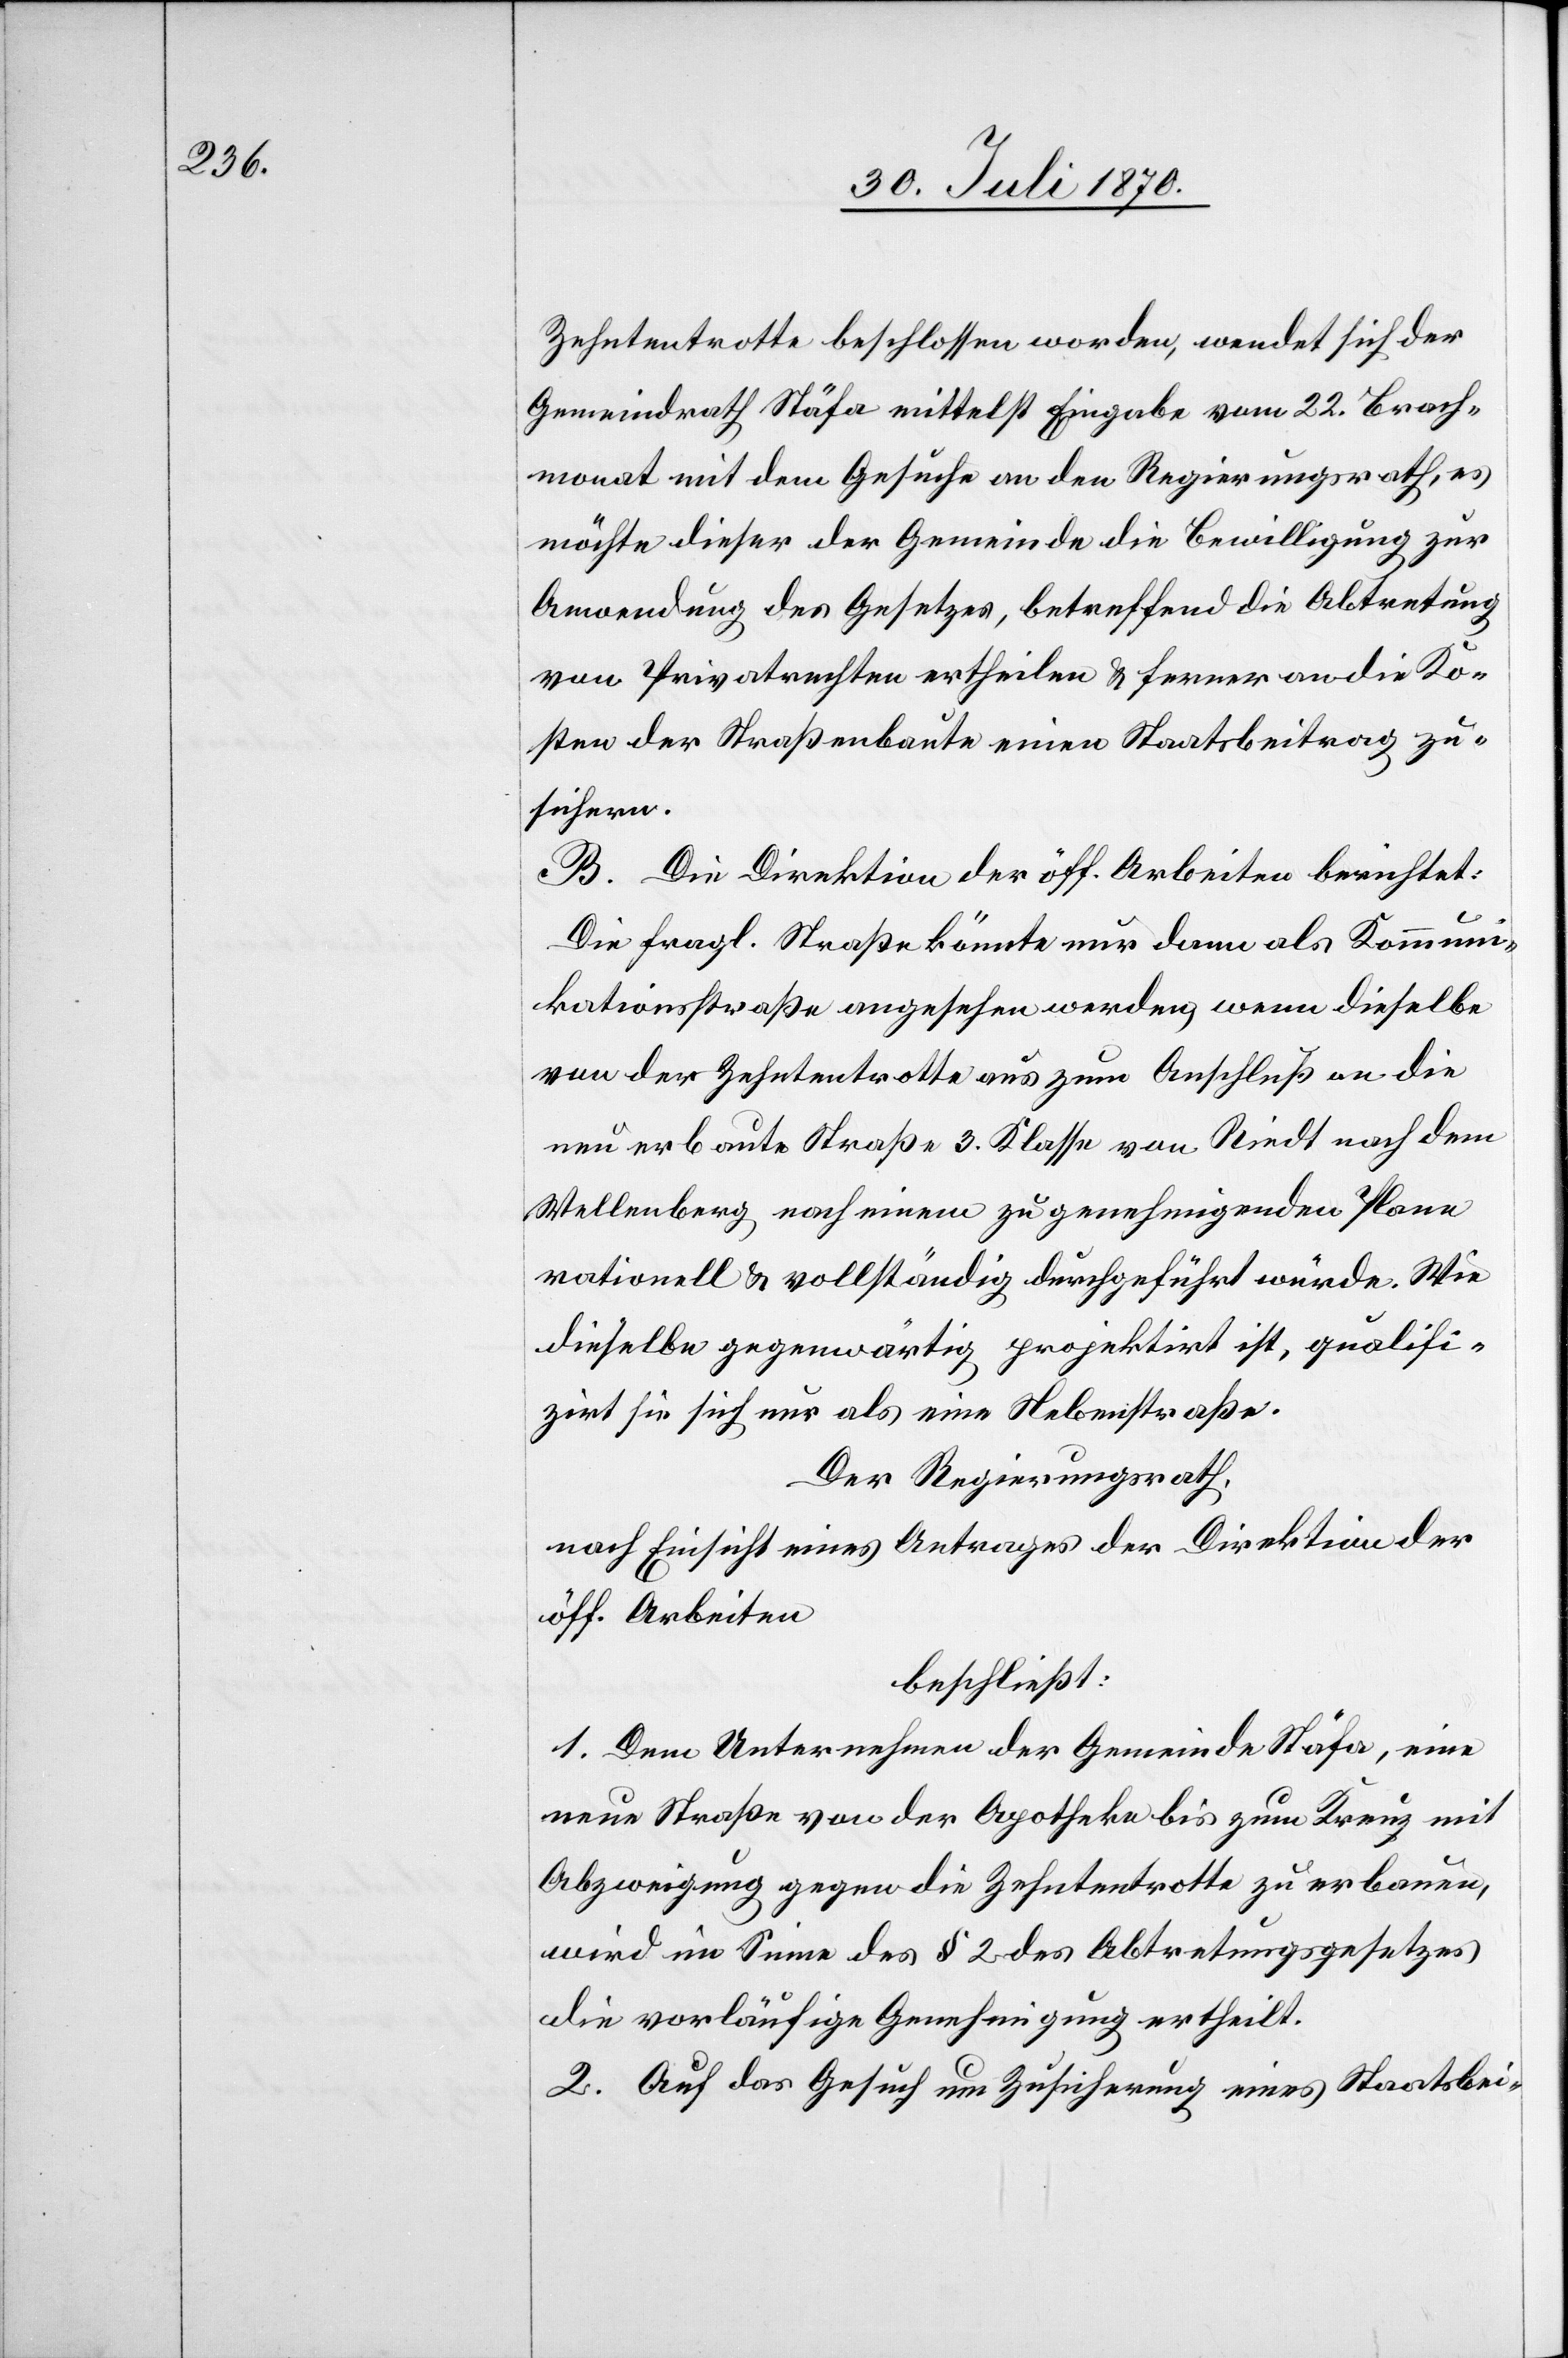
Zehntentrotte beschlossen worden, wendet sich der
Gemeindrath Stäfa mittelst Eingabe vom 22. Brach¬
monat mit dem Gesuche an den Regierungsrath, es
möchte dieser der Gemeinde die Bewilligung zur
Anwendung des Gesetzes, betreffend die Abtretung
von Privatrechten ertheilen & ferner an die Ko¬
sten der Straßenbaute einen Staatsbeitrag zu¬
sichern.
B. Die Direktion der öff. Arbeiten berichtet:
Die fragl. Straße könnte nur dann als Kommuni¬
kationsstraße angesehen werden, wenn dieselbe
von der Zehntentrotte aus zum Anschluß an die
neu erbaute Straße 3. Klasse von Riedt nach dem
Wellenberg nach einem zu genehmigenden Plane
rationell & vollständig durchgeführt würde. Wie
dieselbe gegenwärtig projektirt ist, qualifi¬
zirt sie sich nur als eine Nebenstraße.
Der Regierungsrath,
nach Einsicht eines Antrages der Direktion der
öff. Arbeiten
beschließt:
1. Dem Unternehmen der Gemeinde Stäfa, eine
neue Straße von der Apotheke bis zum Kreuz mit
Abzweigung gegen die Zehntentrotte zu erbauen,
wird im Sinne des § 2 des Abtretungsgesetzes
die vorläufige Genehmigung ertheilt.
2. Auf das Gesuch um Zusicherung eines Staatsbei-